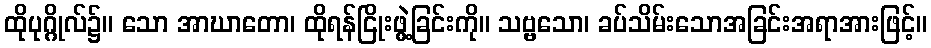
ထိုပုဂ္ဂိုလ်၌။ သော အာဃာတော၊ ထိုရန်ငြိုးဖွဲ့ခြင်းကို။ သဗ္ဗသော၊ ခပ်သိမ်းသောအခြင်းအရာအားဖြင့်။